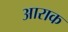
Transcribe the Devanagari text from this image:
आराक